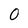
Character: 0